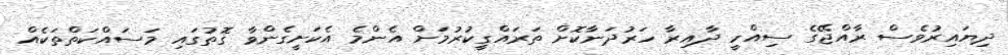
ދިޔައިރުވެސް ރާއްޖޭގެ ސިއްހީ ދާއިރާ ހަރުދަނާކޮށް ތަރައްގީކުރުމަށް އެންމެ އެކަށީގެންވާ ގޮތުގައި މަސައްކަތްތަކެއް